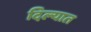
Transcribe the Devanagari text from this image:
दिल्यात